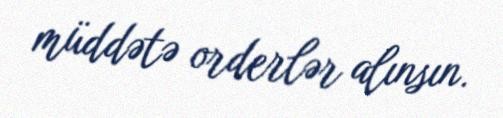
müddətə orderlər alınsın.